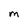
Character: m